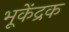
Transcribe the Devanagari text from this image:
भूकेंद्रक